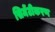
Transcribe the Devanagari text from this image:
सिमेंटीकरण